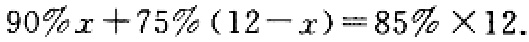
$90\%x + 75\%(12 - x)=85\%\times 12.$